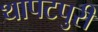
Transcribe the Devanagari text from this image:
थापटपुरी